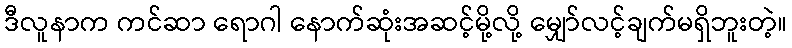
ဒီလူနာက ကင်ဆာ ရောဂါ နောက်ဆုံးအဆင့်မို့လို့ မျှော်လင့်ချက်မရှိဘူးတဲ့။